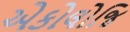
એકોલોજિ